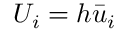
U _ { i } = h { { \bar { u } } } _ { i }